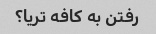
رفتن به کافه تریا؟